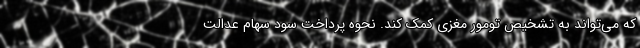
که می‌تواند به تشخیص تومور مغزی کمک کند. نحوه پرداخت سود سهام عدالت